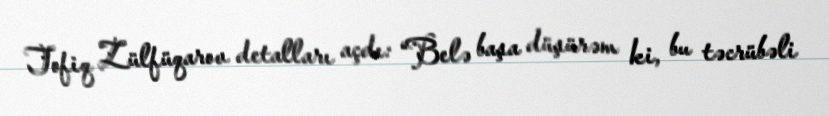
Tofiq Zülfüqarov detalları açdı: “Belə başa düşürəm ki, bu təcrübəli